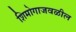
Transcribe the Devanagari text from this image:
शिमोगाजवळील